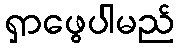
ရှာဖွေပါမည်